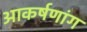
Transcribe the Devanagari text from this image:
आकर्षणांग